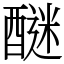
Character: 醚